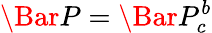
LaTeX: \Bar{P}=\Bar{P}_{c}^{b}